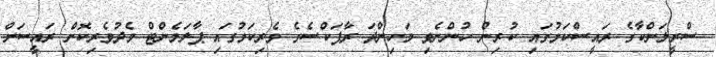
ސްރީލަންކާގެ ރައީސްކަމުގައި ކުރިން ހުންނެވި މަހިންދަ ރާޕަކްސެގެ ވެރިކަމުގައި ޕާލަމެންޓް މެދުވެރިކޮށް ރައީސަށް